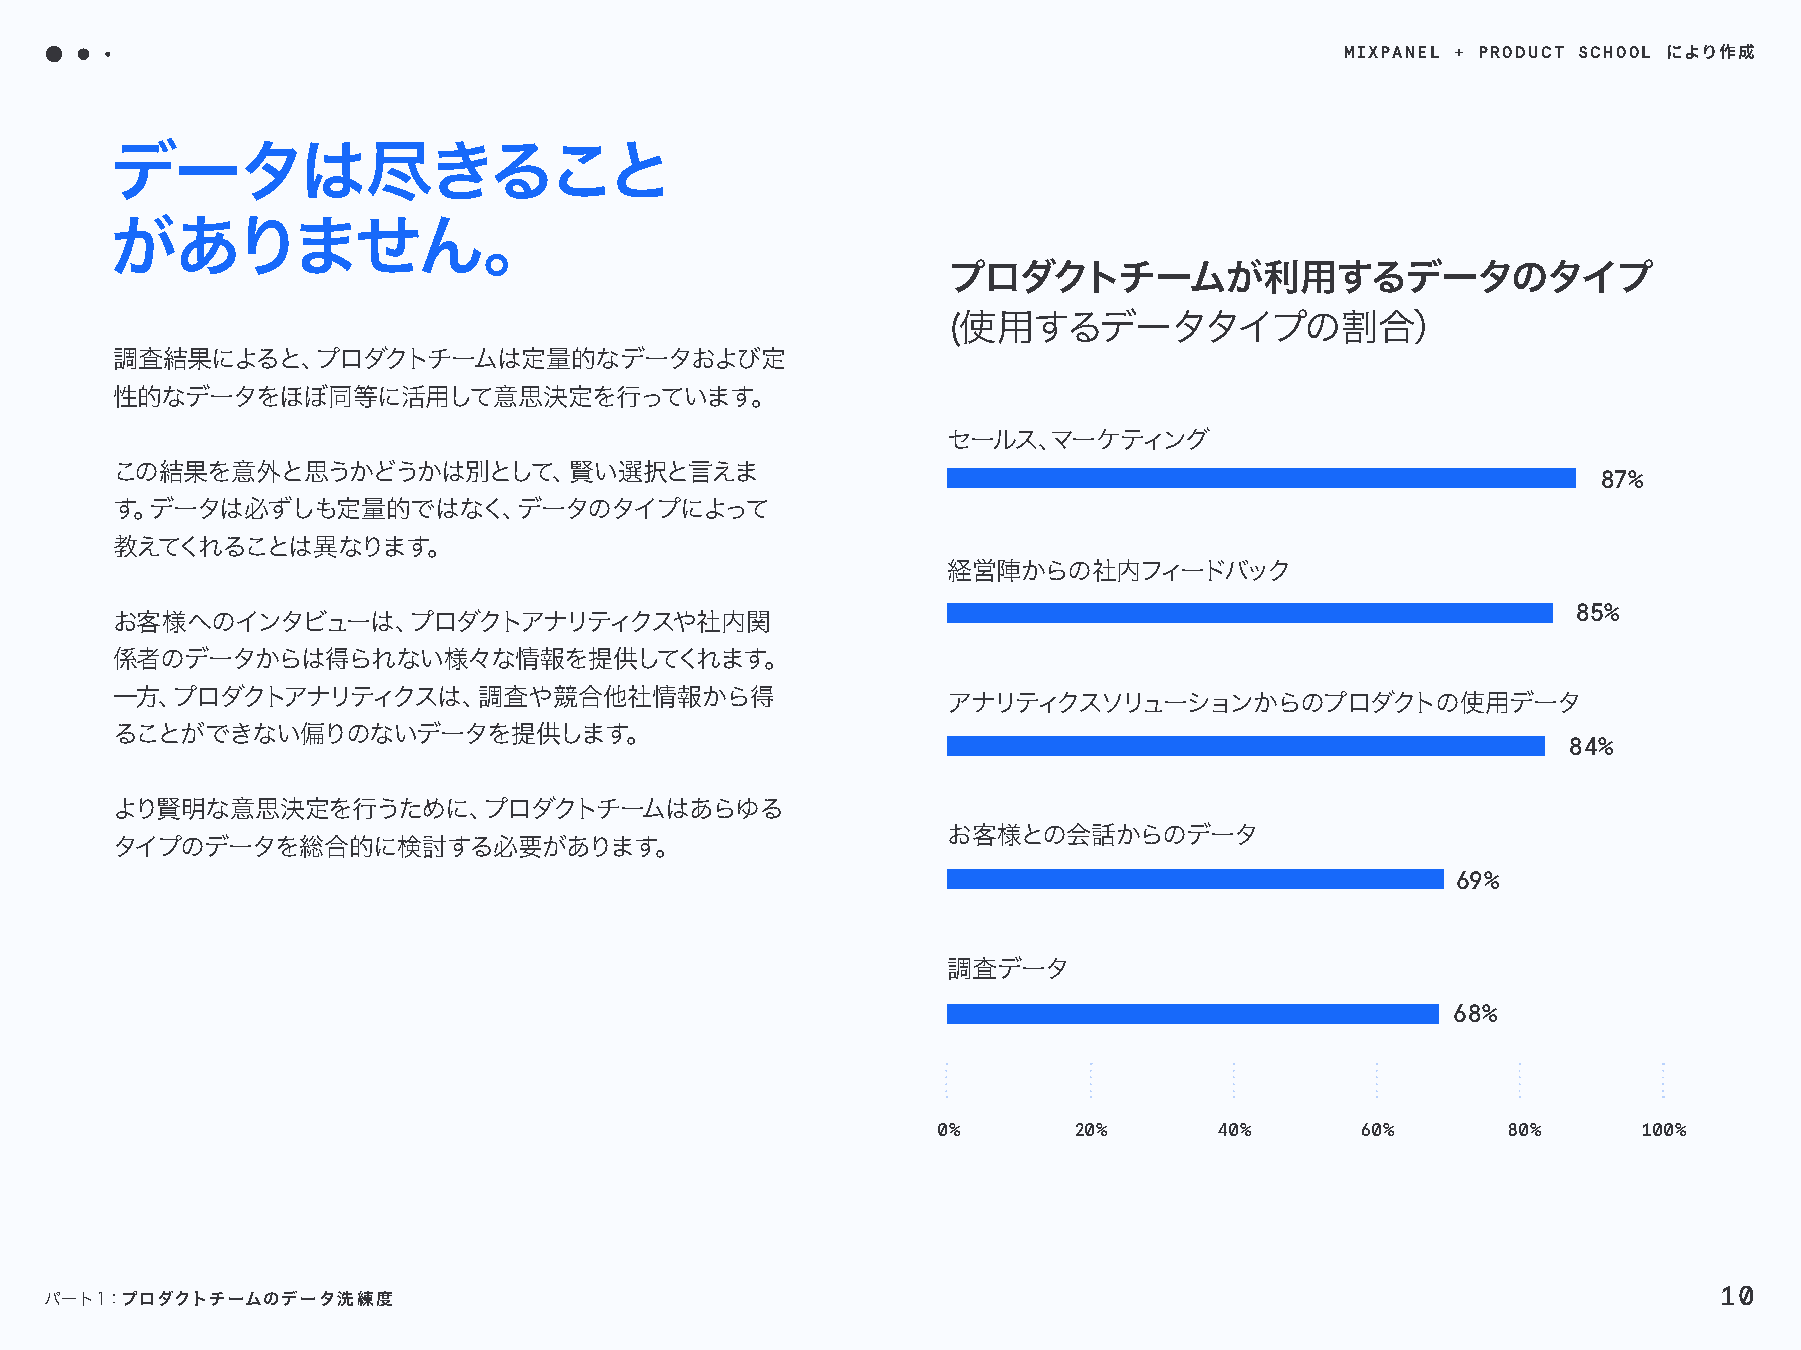
MIXPANEL + PRODUCT SCHOOL
 により作成
 データは尽きること
 がありません。
 プロダクトチームが利用するデータのタイプ
 (使用するデータタイプの割合）
 調査結果によると、プロダクトチームは定量的なデータおよび定
 性的なデータをほぼ同等に活用して意思決定を行っています。
 セールス、マーケティング
 この結果を意外と思うかどうかは別として、賢い選択と言えま                                                                       87%
 す。データは必ずしも定量的ではなく、データのタイプによって
 教えてくれることは異なります。
 経営陣からの社内フィードバック
 85%
 お客様へのインタビューは、プロダクトアナリティクスや社内関
 係者のデータからは得られない様々な情報を提供してくれます。
 一方、プロダクトアナリティクスは、調査や競合他社情報から得
 アナリティクスソリューションからのプロダクトの使用データ
 ることができない偏りのないデータを提供します。
 84%
 より賢明な意思決定を行うために、プロダクトチームはあらゆる
 お客様との会話からのデータ
 タイプのデータを総合的に検討する必要があります。
 69%
 調査データ
 68%
 0%       20%       40%      60%       80%      100%
 10
 パート１：プロダクトチームのデータ洗練度